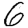
Digit: 6